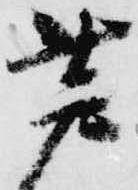
芦